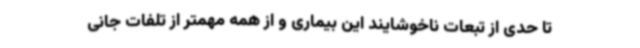
تا حدی از تبعات ناخوشایند این بیماری و از همه مهمتر از تلفات جانی